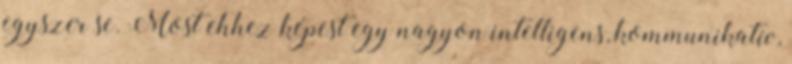
egyszer se. Most ehhez képest egy nagyon intelligens, kommunikatív,